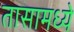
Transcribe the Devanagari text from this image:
तासामध्ये